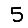
Digit: 5